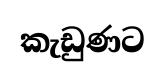
කැඩුණට